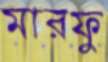
মারফু